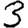
Digit: 3